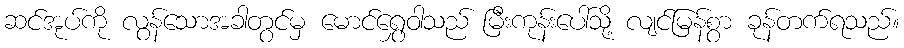
ဆင်အုပ်ကို လွန်သောအခါတွင်မှ မောင်ရွှေဝါသည် မြီးကုန်းပေါ်သို့ လျင်မြန်စွာ ခုန်တက်ရသည်။